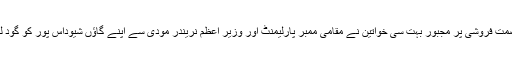
اترپردیش کی کاشی نگری وارانسی میں عصمت فروشی پر مجبور بہت سی خواتین نے مقامی ممبر پارلیمنٹ اور وزیر اعظم نریندر مودی سے اپنے گاؤں شیوداس پور کو گود لینے اور اس کی باز آبادی کی فریاد کی ہے۔